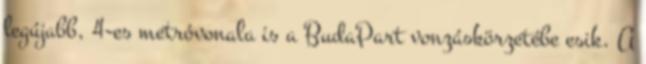
legújabb, 4-es metróvonala is a BudaPart vonzáskörzetébe esik. A